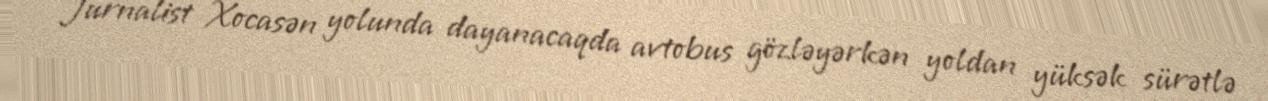
Jurnalist Xocasən yolunda dayanacaqda avtobus gözləyərkən yoldan yüksək sürətlə